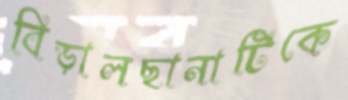
বিড়ালছানাটিকে